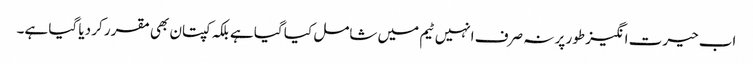
اب حیرت انگیز طور پر نہ صرف انہیں ٹیم میں شامل کیا گیا ہے بلکہ کپتان بھی مقرر کر دیا گیا ہے۔